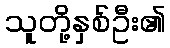
သူတို့နှစ်ဦး၏